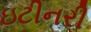
ઇટીનરી